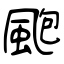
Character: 颮